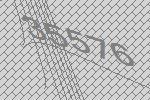
35576